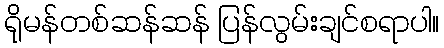
ရိုမန်တစ်ဆန်ဆန် ပြန်လွမ်းချင်စရာပါ။